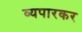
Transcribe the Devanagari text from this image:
व्यपारकर